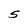
Character: 5